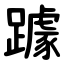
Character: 躆